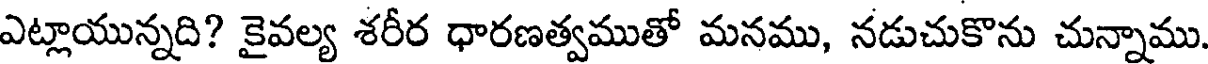
ఎట్లాయున్నది? కైవల్య శరీర ధారణత్వముతో మనము, నడుచుకొను చున్నాము